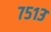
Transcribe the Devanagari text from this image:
७५१३